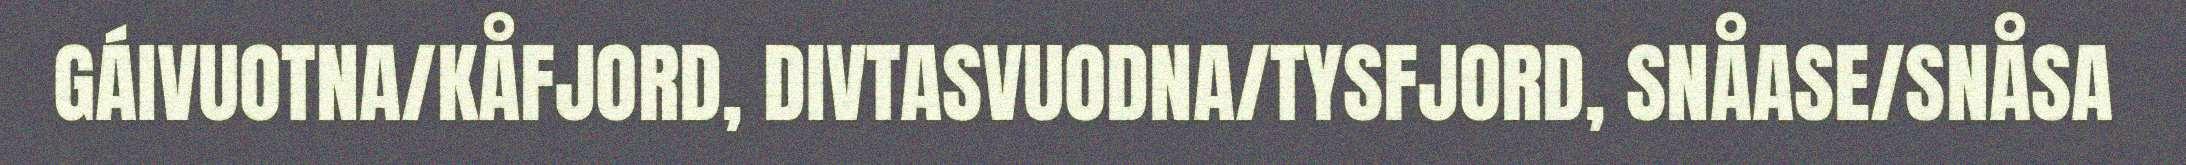
GÁIVUOTNA/KÅFJORD, DIVTASVUODNA/TYSFJORD, SNÅASE/SNÅSA